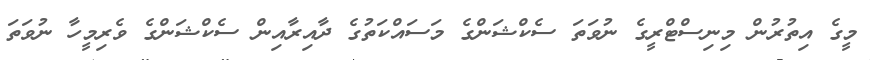
މީގެ އިތުރުން މިނިސްޓްރީގެ ނުވަތަ ސެކްޝަންގެ މަސައްކަތުގެ ދާއިރާއިން ސެކްޝަންގެ ވެރިމީހާ ނުވަތަ